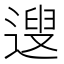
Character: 遚